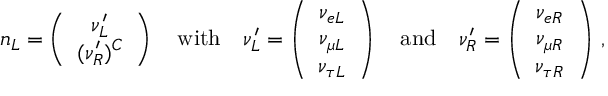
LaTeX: n _ { L } = \left( \begin{array} { c } { { \displaystyle \nu _ { L } ^ { \prime } } } \\ { { \displaystyle ( \nu _ { R } ^ { \prime } ) ^ { C } } } \end{array} \right) \quad \mathrm { w i t h } \quad \nu _ { L } ^ { \prime } = \left( \begin{array} { c } { { \displaystyle \nu _ { e L } } } \\ { { \displaystyle \nu _ { { \mu } L } } } \\ { { \displaystyle \nu _ { { \tau } L } } } \end{array} \right) \quad \mathrm { a n d } \quad \nu _ { R } ^ { \prime } = \left( \begin{array} { c } { { \displaystyle \nu _ { e R } } } \\ { { \displaystyle \nu _ { { \mu } R } } } \\ { { \displaystyle \nu _ { { \tau } R } } } \end{array} \right) \, ,